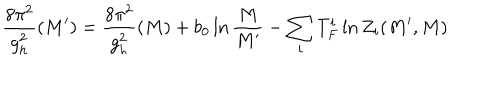
\frac { 8 \pi ^ { 2 } } { g _ { h } ^ { 2 } } ( M ^ { \prime } ) = \frac { 8 \pi ^ { 2 } } { g _ { h } ^ { 2 } } ( M ) + b _ { 0 } \ln \frac { M } { M ^ { \prime } } - \sum _ { i } T _ { F } ^ { i } \ln Z _ { i } ( M ^ { \prime } , M )